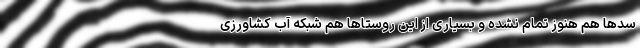
سد‌ها هم هنوز تمام نشده و بسیاری از این روستاها هم شبکه آب کشاورزی